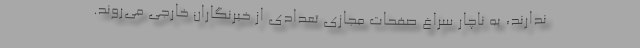
ندارند، به ناچار سراغ صفحات مجازی تعدادی از خبرنگاران خارجی می‌روند.